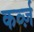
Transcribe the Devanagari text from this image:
कर्व्ज़